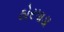
ઠોરપાડા